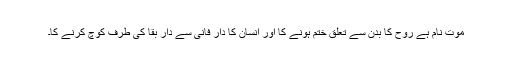
موت نام ہے روح کا بدن سے تعلق ختم ہونے کا اور انسان کا دار فانی سے دار بقا کی طرف کوچ کرنے کا۔